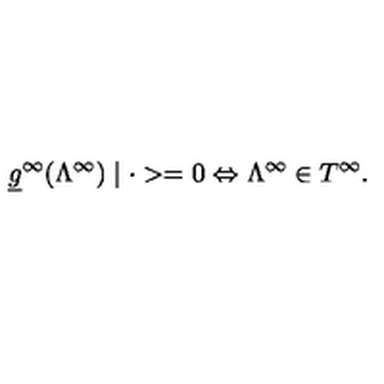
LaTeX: \underline { { g } } ^ { \infty } ( \Lambda ^ { \infty } ) \mid \cdot > = 0 \Leftrightarrow \Lambda ^ { \infty } \in T ^ { \infty } .